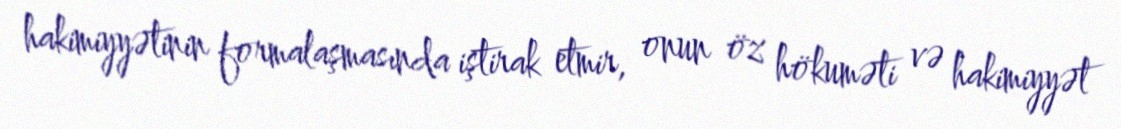
hakimiyyətinin formalaşmasında iştirak etmir, onun öz hökuməti və hakimiyyət